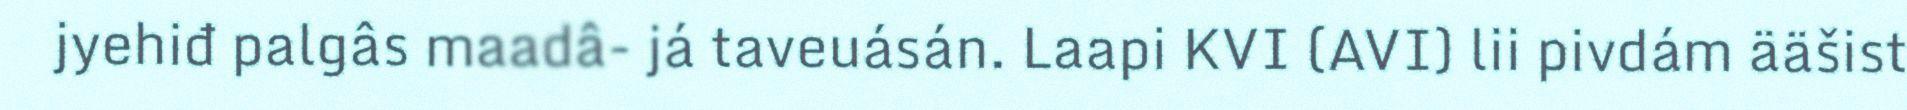
jyehiđ palgâs maadâ- já taveuásán. Laapi KVI (AVI) lii pivdám ääšist